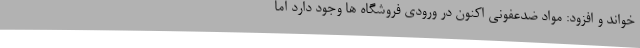
خواند و افزود: مواد ضدعفونی اکنون در ورودی فروشگاه ها وجود دارد اما